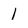
Character: 1